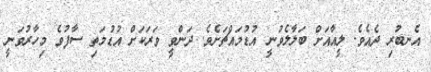
އެނބުރި ދެއެވެ. ލީއާއަށް ބަލާލެވުނީ އުޑުމައްޗަށެވެ. ދަންވީ ވަރަކަށް އުޑުމަތި ސާފުވެ މިހާރުވަނީ